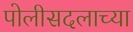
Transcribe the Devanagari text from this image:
पोलीसदलाच्या